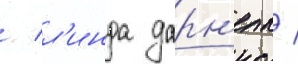
/ л'инда дарн'елл /